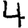
Digit: 4